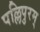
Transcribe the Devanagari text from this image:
पल्लिपुरम्